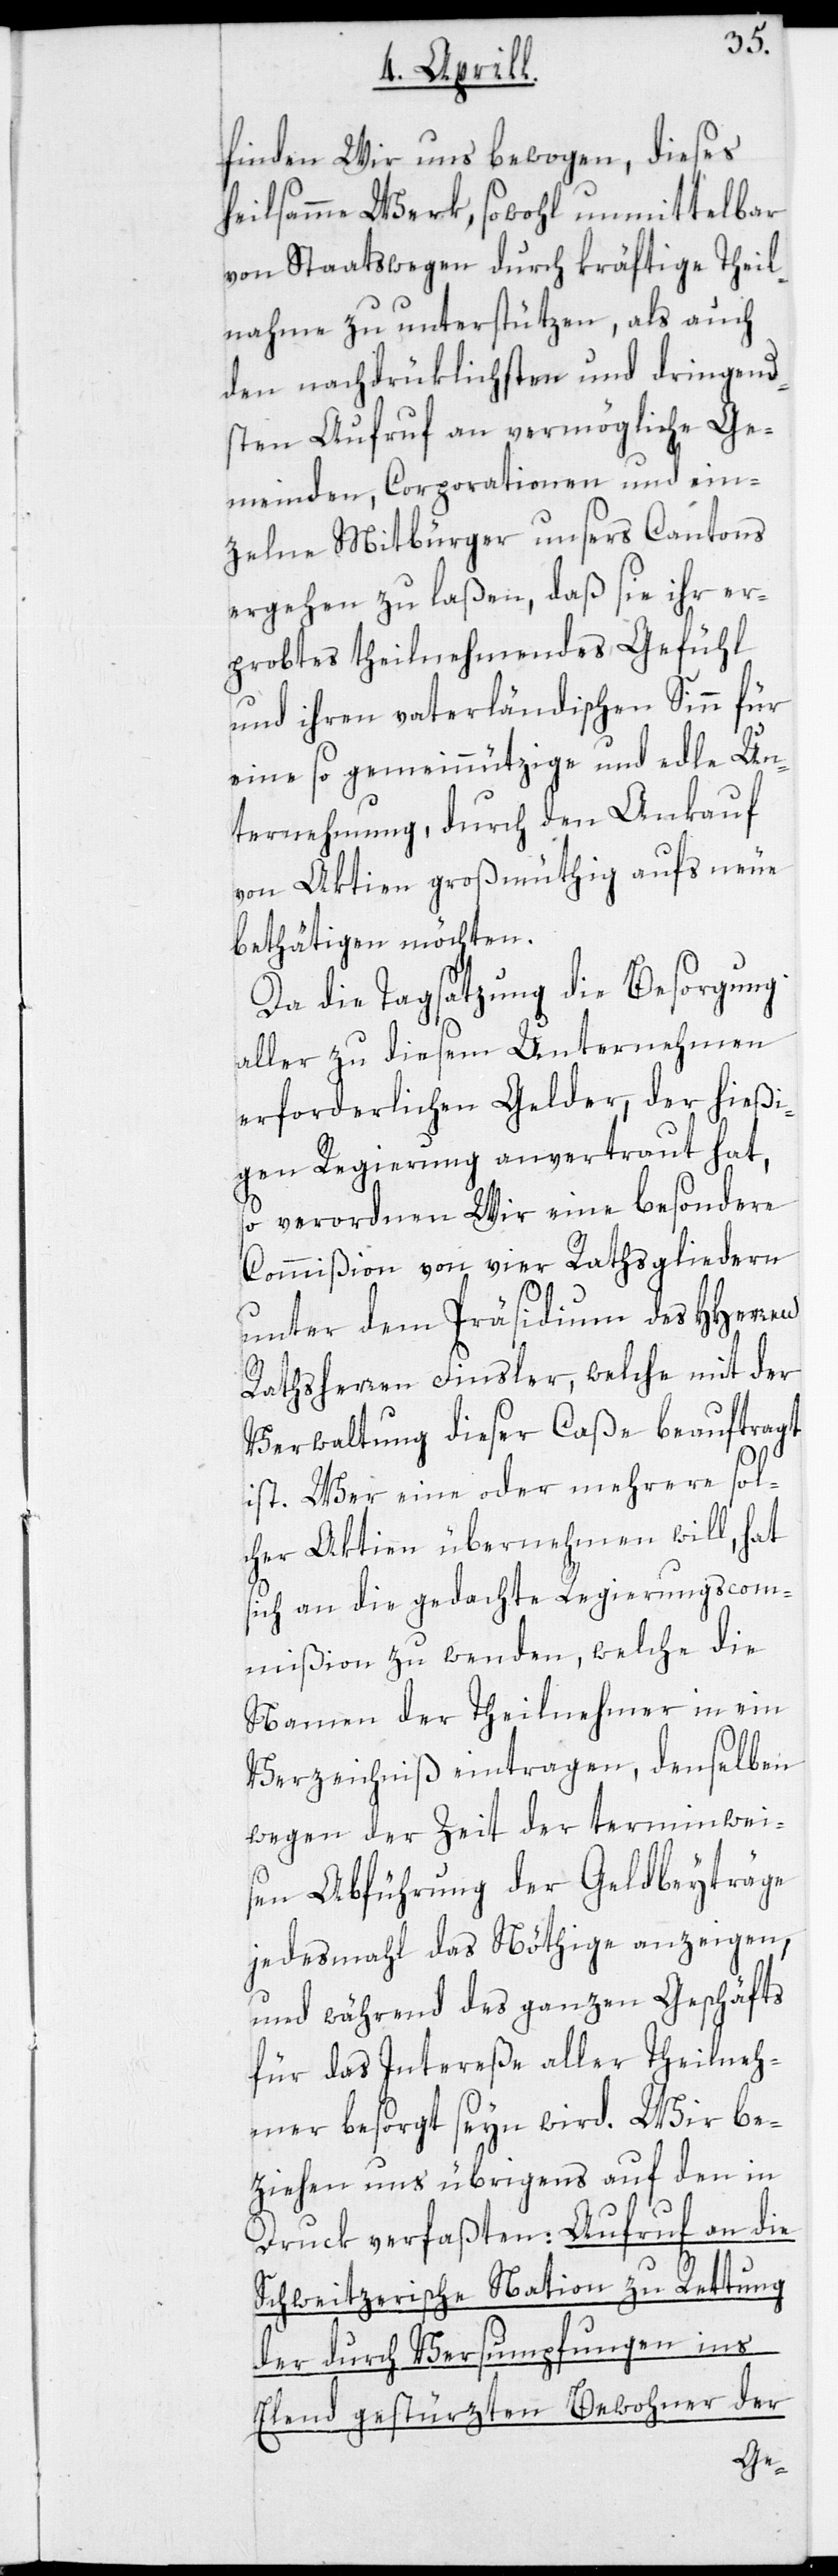
finden Wir uns bewogen, dieses
heilsamme Werk, sowohl unmittelbar
von Staatswegen durch kräftige Theil¬
nahme zu unterstützen, als auch
den nachdrücklichsten und dringend¬
sten Aufruf an vermögliche Ge¬
meinden, Corporationen und ein¬
zelne Mitbürger unsers Cantons
ergehen zu laßen, daß sie ihr er¬
probtes theilnehmendes Gefühl
und ihren vaterländischen Sinn für
eine so gemeinnützige und edle Un¬
ternehmung, durch den Ankauf
von Aktien großmüthig aufs neue
bethätigen möchten.
Da die Tagsatzung die Besorgung
aller zu diesem Unternehmen
erforderlichen Gelder, der hießi¬
gen Regierung anvertraut hat,
so verordnen Wir eine besondere
Commißion von vier Rathsgliedern
unter dem Präsidium des HHerren
Rathsherren Finsler, welche mit der
Verwaltung dieser Caße beauftragt
ist. Wer eine oder mehrere sol¬
cher Aktien übernehmen will, hat
sich an die gedachte Regierungscom¬
mißion zu wenden, welche die
Namen der Theilnehmer in ein
Verzeichniß eintragen, denselben
wegen der Zeit der terminwei¬
sen Abführung der Geldbeyträge
jedesmahl das Nöthige anzeigen,
und während des ganzen Geschäfts
für das Intereße aller Theilneh¬
mer besorgt seyn wird. Wir be¬
ziehen uns übrigens auf den in
Druck verfaßten: Aufruf an die
Schweitzerische Nation zu Rettung
der durch Versumpfungen ins
Elend gestürzten Bewohner der